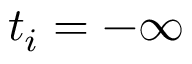
t _ { i } = - \infty